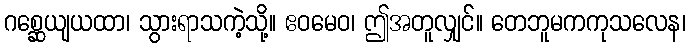
ဂစ္ဆေယျယထာ၊ သွားရာသကဲ့သို့။ ဧဝမေဝ၊ ဤအတူလျှင်။ တေဘူမကကုသလေန၊